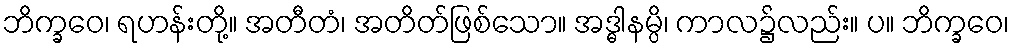
ဘိက္ခဝေ၊ ရဟန်းတို့။ အတီတံ၊ အတိတ်ဖြစ်သော။ အဒ္ဓါနမ္ပိ၊ ကာလ၌လည်း။ ပ။ ဘိက္ခဝေ၊